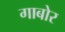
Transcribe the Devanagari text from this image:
गाबोर